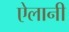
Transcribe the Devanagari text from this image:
ऐलानी